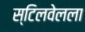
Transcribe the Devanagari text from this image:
स्टिलवेलला